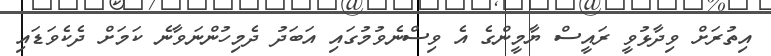
އިތުރަށް ވިދާޅުވީ ރައީސް ޔާމީންގެ އެ ވިސްނެވުމުގައި އަބަދު ދެމިހުންނަވާނެ ކަމަށް ދެކެވަޑައި